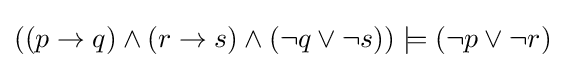
((p\to q)\land (r\to s)\land (\neg q\lor \neg s))\models (\neg p\lor \neg r)